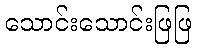
သောင်းသောင်းဖြဖြ